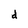
Character: d